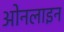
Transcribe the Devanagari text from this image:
ओनलाइन